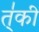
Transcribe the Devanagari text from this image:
त्॑की